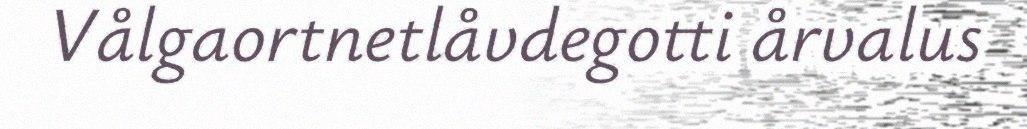
Vålgaortnetlåvdegotti årvalus